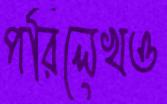
পরিলেখও